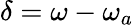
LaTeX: \delta=\omega-\omega_{a}